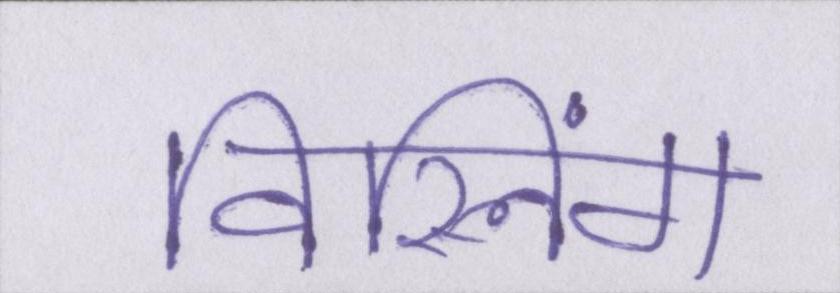
विस्लिंग